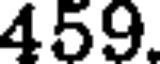
459.